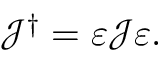
\mathcal { J } ^ { \dagger } = \varepsilon \mathcal { J } \varepsilon .